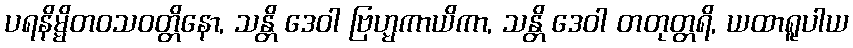
ပရနိမ္မိတဝသဝတ္တိနော, သန္တိ ဒေဝါ ဗြဟ္မကာယိကာ, သန္တိ ဒေဝါ တတုတ္တရိ, ယထာရူပါယ